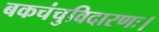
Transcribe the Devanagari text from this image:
बकचंचुविदारणः।